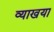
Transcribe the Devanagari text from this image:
व्याखया